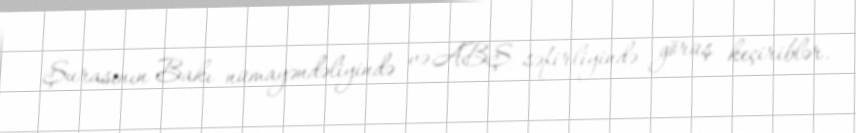
Şurasının Bakı nümayəndəliyində və ABŞ səfirliyində görüş keçiriblər.